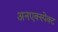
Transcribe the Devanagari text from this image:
अनएक्स्पेक्ट